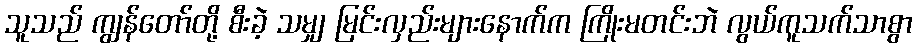
သူသည် ကျွန်တော်တို့ စီးခဲ့ သမျှ မြင်းလှည်းများနောက်က ကြိုးမတင်းဘဲ လွယ်ကူသက်သာစွာ